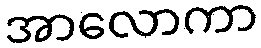
အာလောကာ